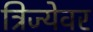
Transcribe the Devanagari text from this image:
त्रिज्येवर